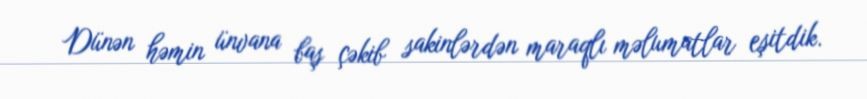
Dünən həmin ünvana baş çəkib sakinlərdən maraqlı məlumatlar eşitdik.